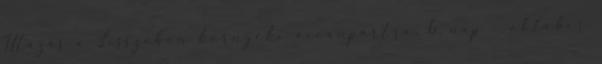
Utazás a Lisszabon környéki óceánpartra. 6. nap október